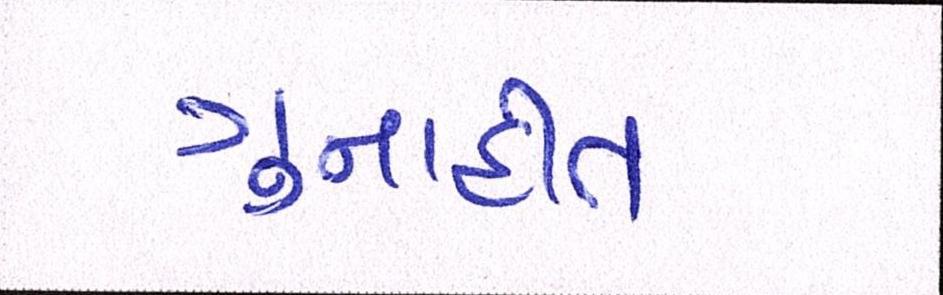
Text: ગુનાહીત